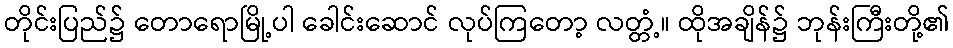
တိုင်းပြည်၌ တောရောမြို့ပါ ခေါင်းဆောင် လုပ်ကြတော့ လတ္တံ့။ ထိုအချိန်၌ ဘုန်းကြီးတို့၏